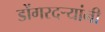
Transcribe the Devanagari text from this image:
डोंगरदर्‍यांनी